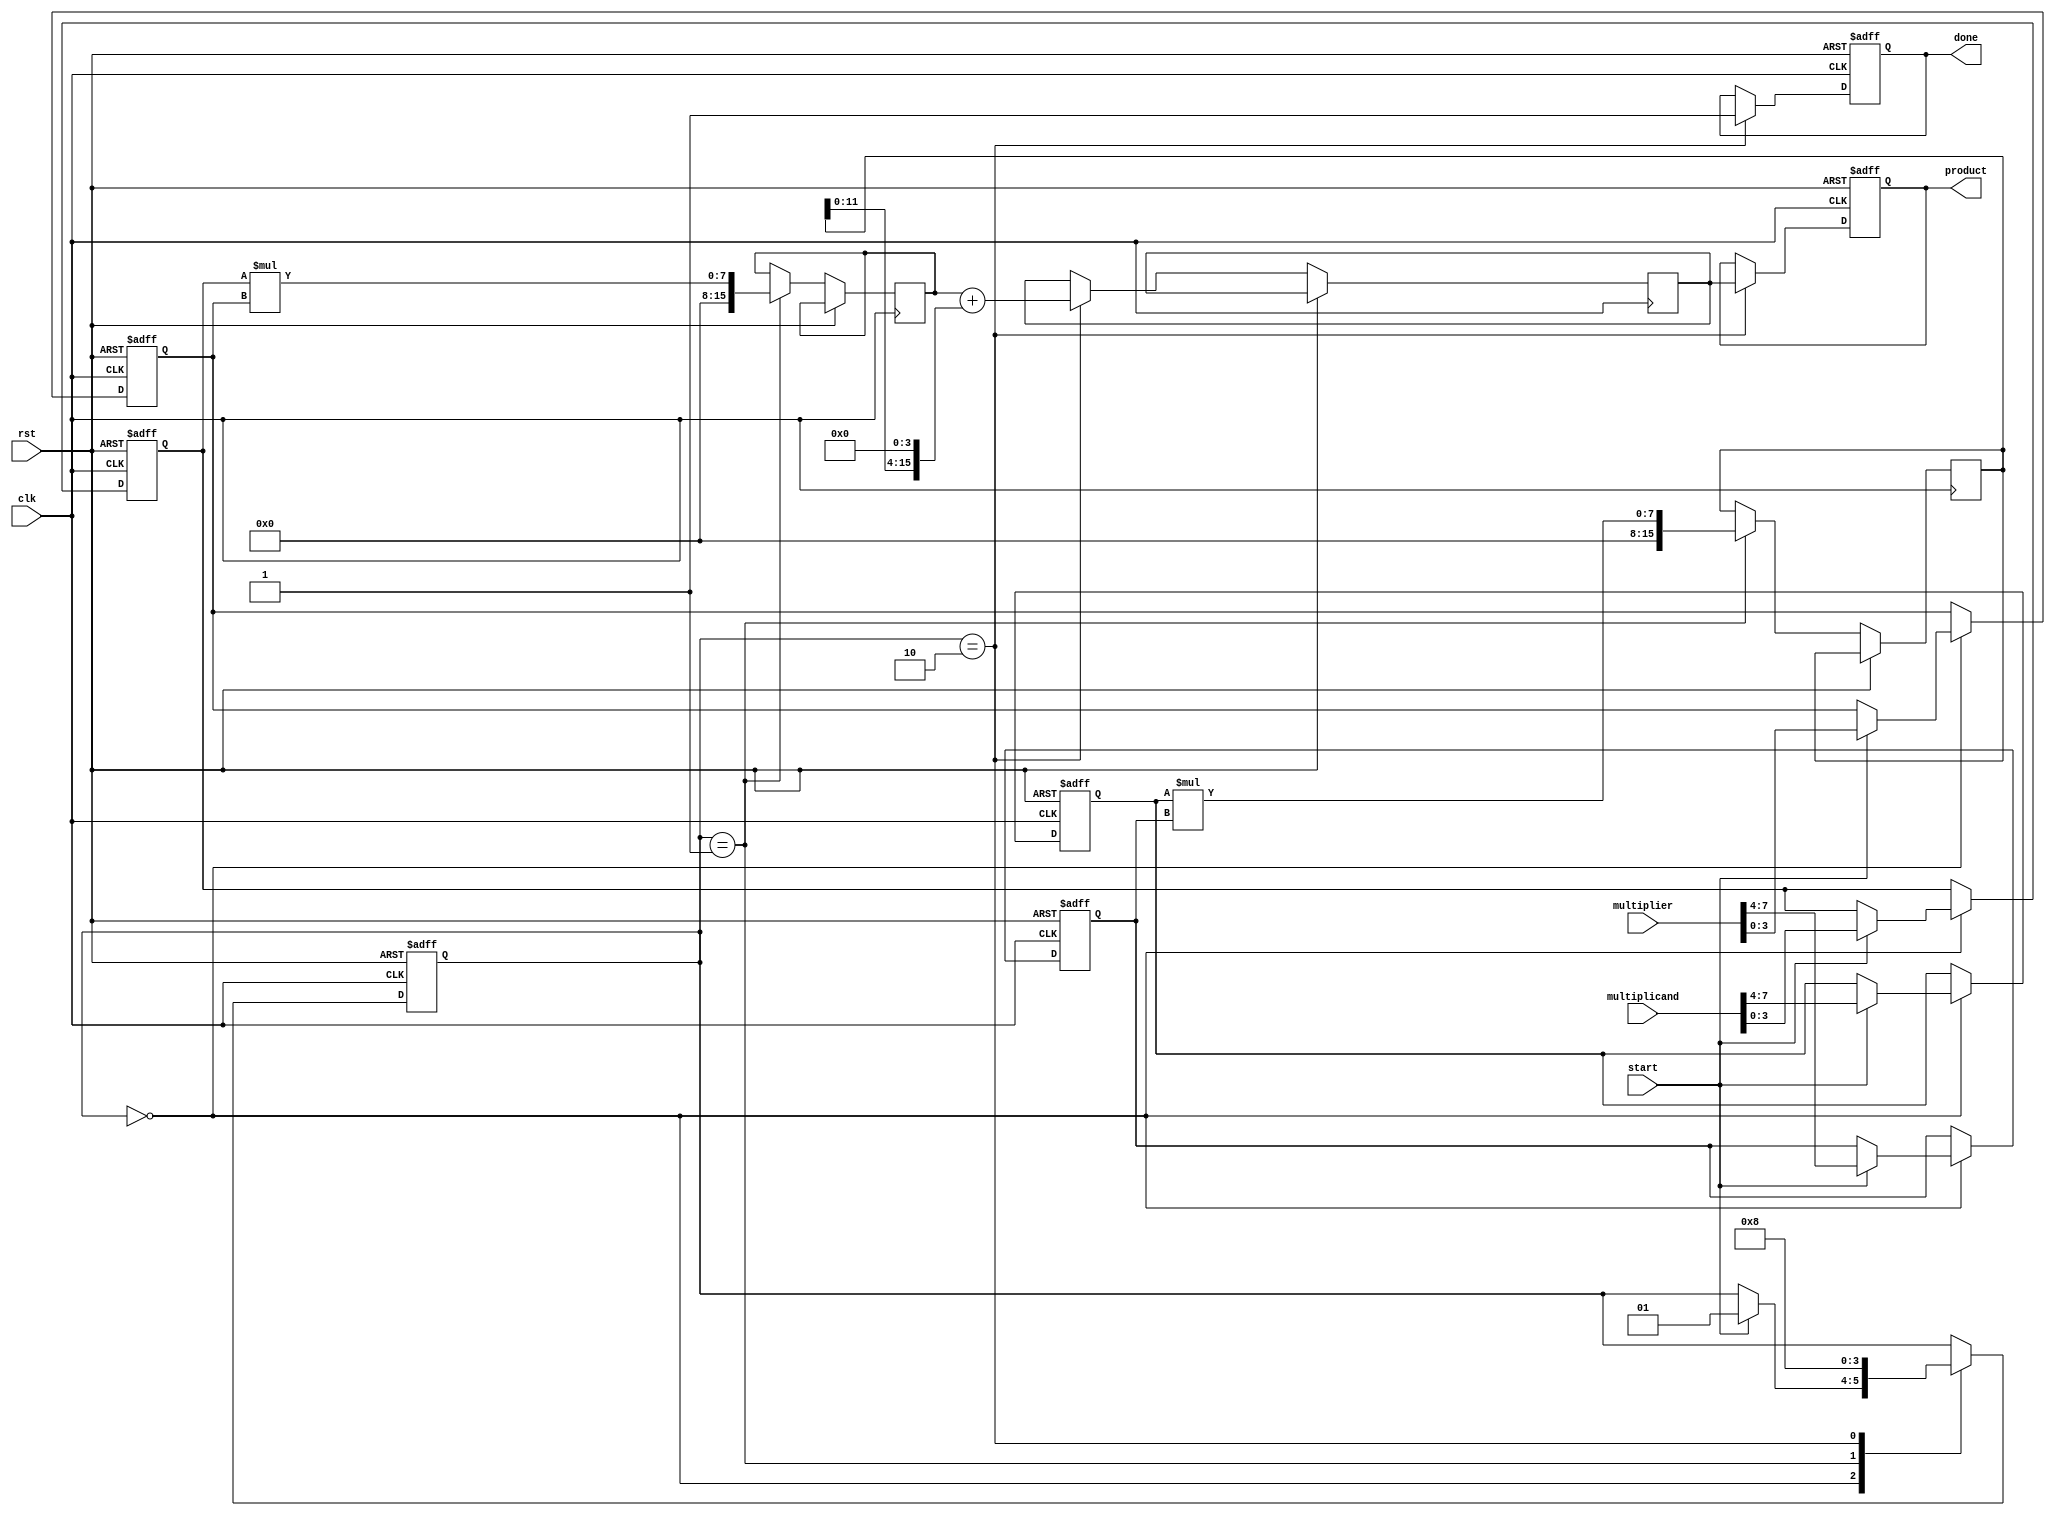
module pipelined_sliced_multiplier (
    input clk,
    input rst,
    input [7:0] multiplicand,
    input [7:0] multiplier,
    input start,
    output reg [15:0] product,
    output reg done
);

    // Parameters
    localparam SLICES = 2; // Number of slices
    localparam SLICE_WIDTH = 4; // Width of each slice

    // Intermediate signals
    reg [SLICE_WIDTH-1:0] multiplicand_slice [0:SLICES-1];
    reg [SLICE_WIDTH-1:0] multiplier_slice [0:SLICES-1];
    reg [15:0] partial_products [0:SLICES-1];
    reg [15:0] sum;
    reg [1:0] stage;

    // Control signals
    reg [1:0] state;
    localparam IDLE = 2'b00, PROCESS = 2'b01, FINALIZE = 2'b10;

    // Slice the inputs
    always @(posedge clk or posedge rst) begin
        if (rst) begin
            multiplicand_slice[0] <= 0;
            multiplicand_slice[1] <= 0;
            multiplier_slice[0] <= 0;
            multiplier_slice[1] <= 0;
            state <= IDLE;
            done <= 0;
            product <= 0;
            stage <= 0;
        end else begin
            case (state)
                IDLE: begin
                    if (start) begin
                        // Slice the inputs
                        multiplicand_slice[0] <= multiplicand[3:0];
                        multiplicand_slice[1] <= multiplicand[7:4];
                        multiplier_slice[0] <= multiplier[3:0];
                        multiplier_slice[1] <= multiplier[7:4];
                        state <= PROCESS;
                    end
                end

                PROCESS: begin
                    // Generate partial products
                    partial_products[0] <= multiplicand_slice[0] * multiplier_slice[0];
                    partial_products[1] <= multiplicand_slice[1] * multiplier_slice[1];
                    state <= FINALIZE;
                end

                FINALIZE: begin
                    // Sum the partial products
                    sum <= partial_products[0] + (partial_products[1] << SLICE_WIDTH);
                    product <= sum;
                    done <= 1; // Indicate that the operation is done
                    state <= IDLE; // Go back to IDLE
                end
            endcase
        end
    end
endmodule